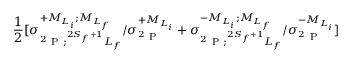
\frac { 1 } { 2 } \lbrack { \sigma } _ { ^ 2 \mathrm { ~ P ~ } ; ^ { 2 S _ { f } + 1 } L _ { f } } ^ { + { M } _ { { L } _ { i } } ; { M } _ { { L } _ { f } } } / { \sigma } _ { ^ 2 \mathrm { ~ P ~ } } ^ { + { M } _ { { L } _ { i } } } + { \sigma } _ { ^ 2 \mathrm { ~ P ~ } ; ^ { 2 S _ { f } + 1 } L _ { f } } ^ { - { M } _ { { L } _ { i } } ; { M } _ { { L } _ { f } } } / { \sigma } _ { ^ 2 \mathrm { ~ P ~ } } ^ { - { M } _ { { L } _ { i } } } \rbrack